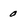
Character: 0